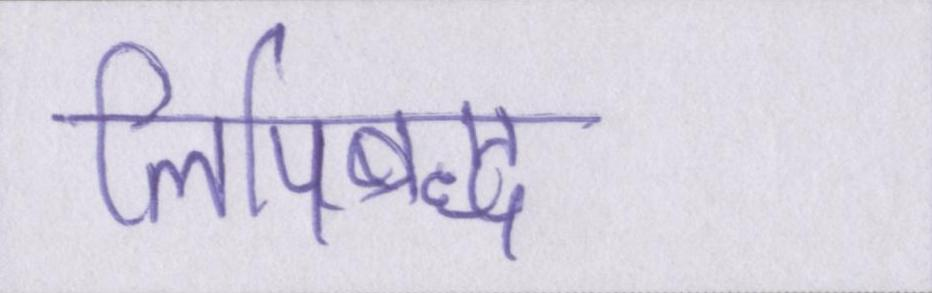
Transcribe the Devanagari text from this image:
लिपिबद्ध